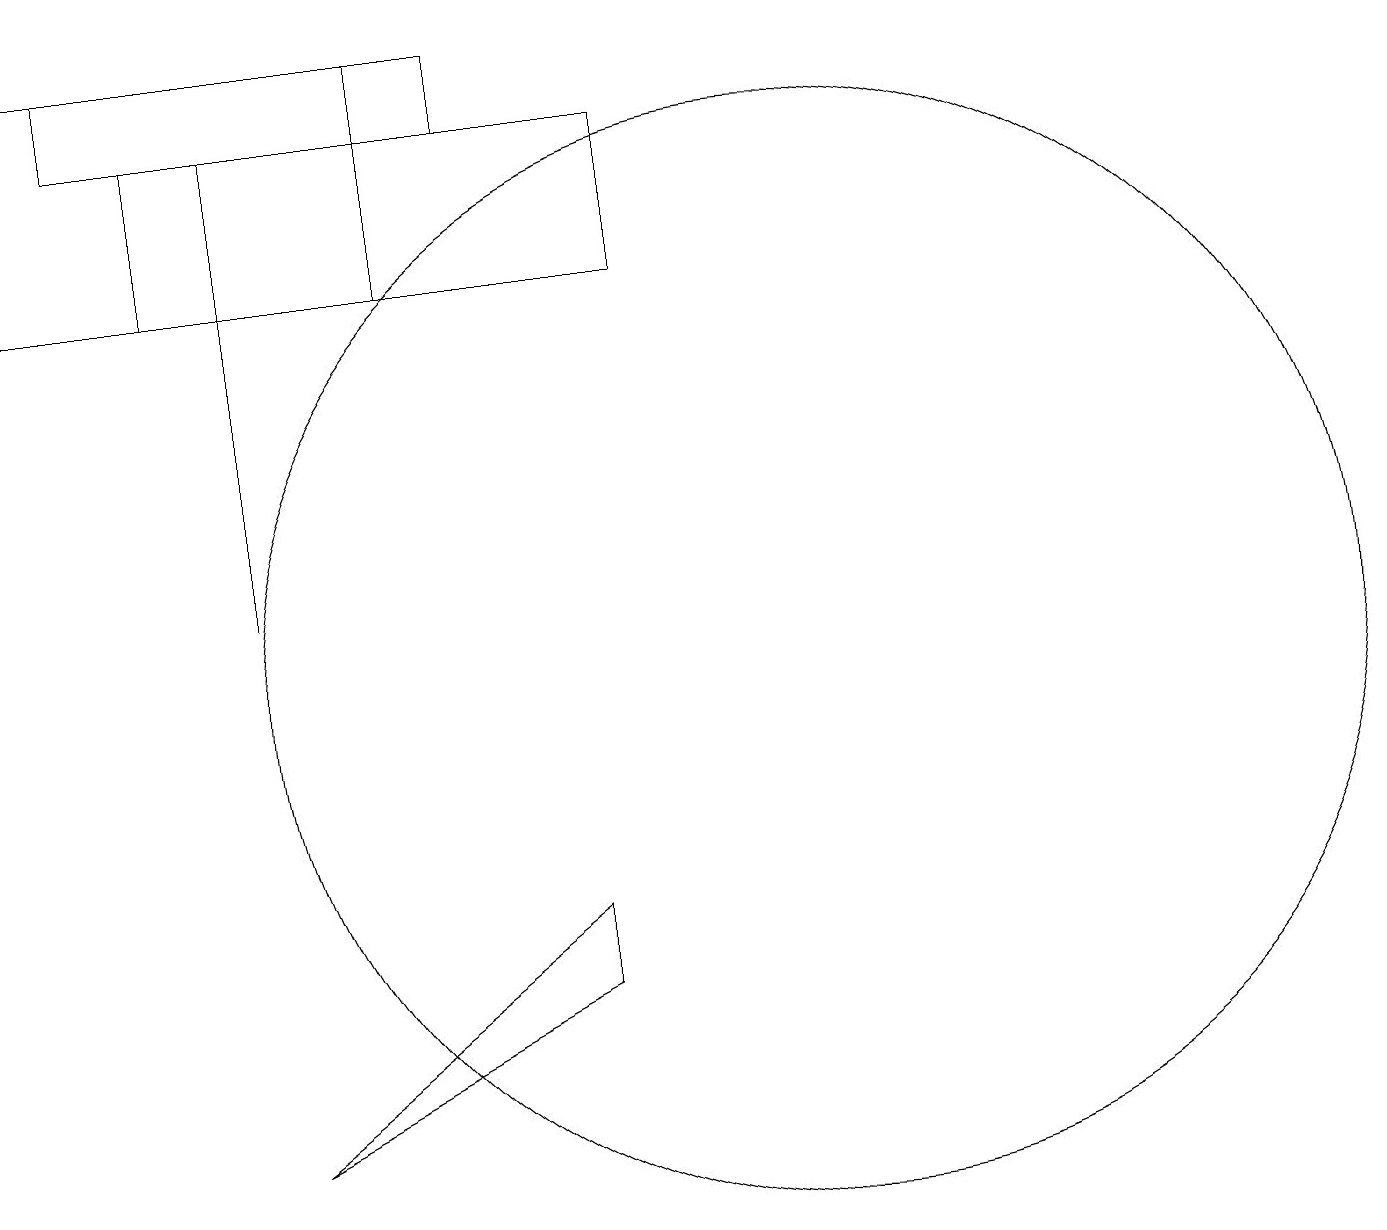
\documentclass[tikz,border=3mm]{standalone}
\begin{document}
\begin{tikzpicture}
\draw (1,19) rectangle (6,18);
\draw (2,18) rectangle (8,16);
\draw (3,12) rectangle (3,18);
\draw (5,16) rectangle (0,19);
\draw (10,11) circle (7);
\draw (7,7) -- (7,8) -- (3,5) -- cycle;
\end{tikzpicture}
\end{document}